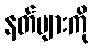
နတ်များကို